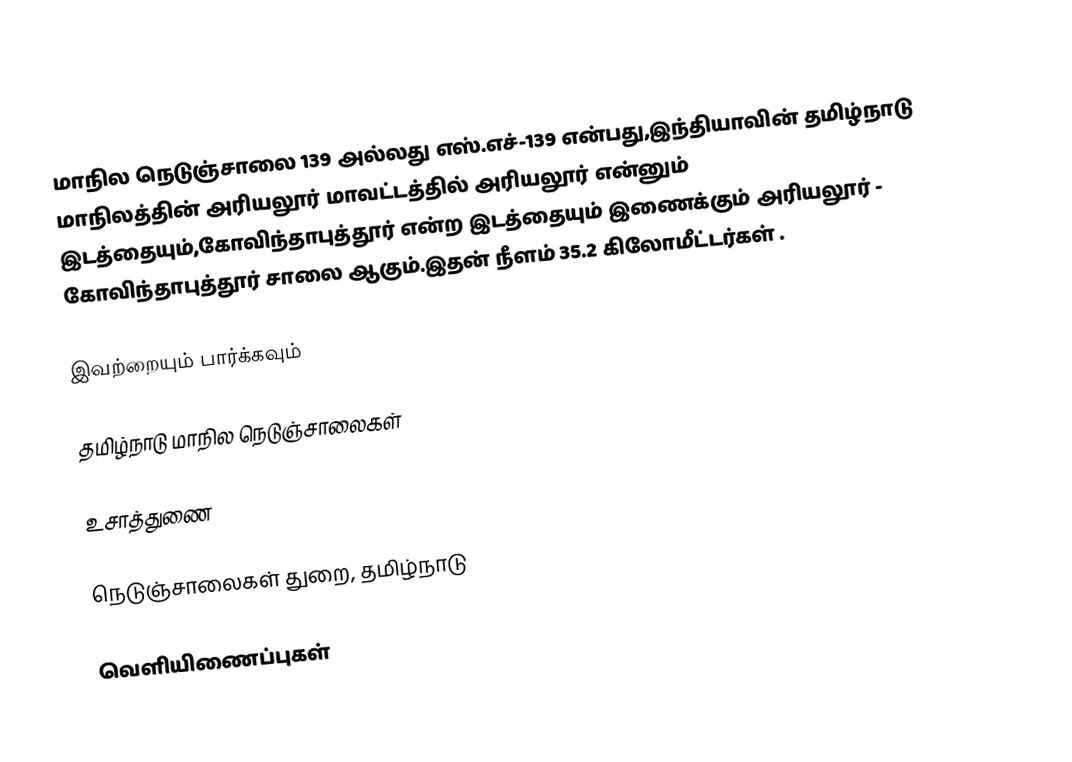
மாநில நெடுஞ்சாலை 139 அல்லது எஸ்.எச்-139  என்பது,இந்தியாவின் தமிழ்நாடு மாநிலத்தின்  அரியலூர் மாவட்டத்தில்  அரியலூர்  என்னும் இடத்தையும்,கோவிந்தாபுத்தூர்  என்ற இடத்தையும் இணைக்கும் அரியலூர் - கோவிந்தாபுத்தூர் சாலை ஆகும்.இதன் நீளம் 35.2  கிலோமீட்டர்கள் .

இவற்றையும் பார்க்கவும்

 தமிழ்நாடு மாநில நெடுஞ்சாலைகள்

உசாத்துணை

 நெடுஞ்சாலைகள் துறை, தமிழ்நாடு

வெளியிணைப்புகள்